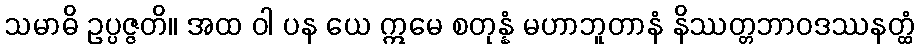
သမာဓိ ဥပ္ပဇ္ဇတိ။ အထ ဝါ ပန ယေ ဣမေ စတုန္နံ မဟာဘူတာနံ နိဿတ္တဘာဝဒဿနတ္ထံ